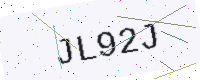
Text: JL92J